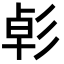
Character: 𢒛